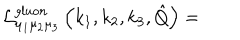
{ \cal L } _ { \mu _ { 1 } \mu _ { 2 } \mu _ { 3 } } ^ { g l u o n } \left( k _ { 1 } , k _ { 2 } , k _ { 3 } , \hat { Q } \right) =